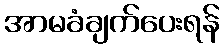
အာမခံချက်ပေးရန်